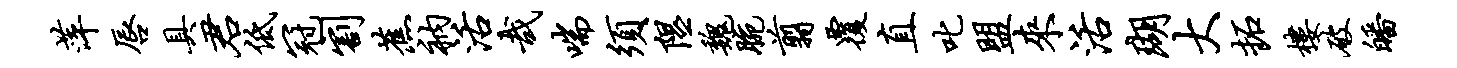
萍唇具君低冠割蕉衲活哉喘须隰魏腕翦覆直叱盟来活瑚大拓楼破皤